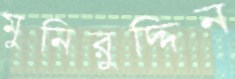
মুনিরুদ্দিন